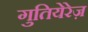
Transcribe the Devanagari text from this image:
गुतियेरेज़